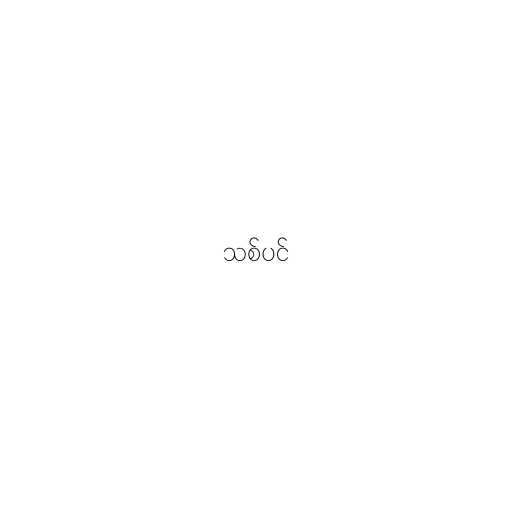
သစ်ပင်